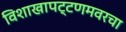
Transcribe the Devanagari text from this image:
विशाखापट्टणमवरचा